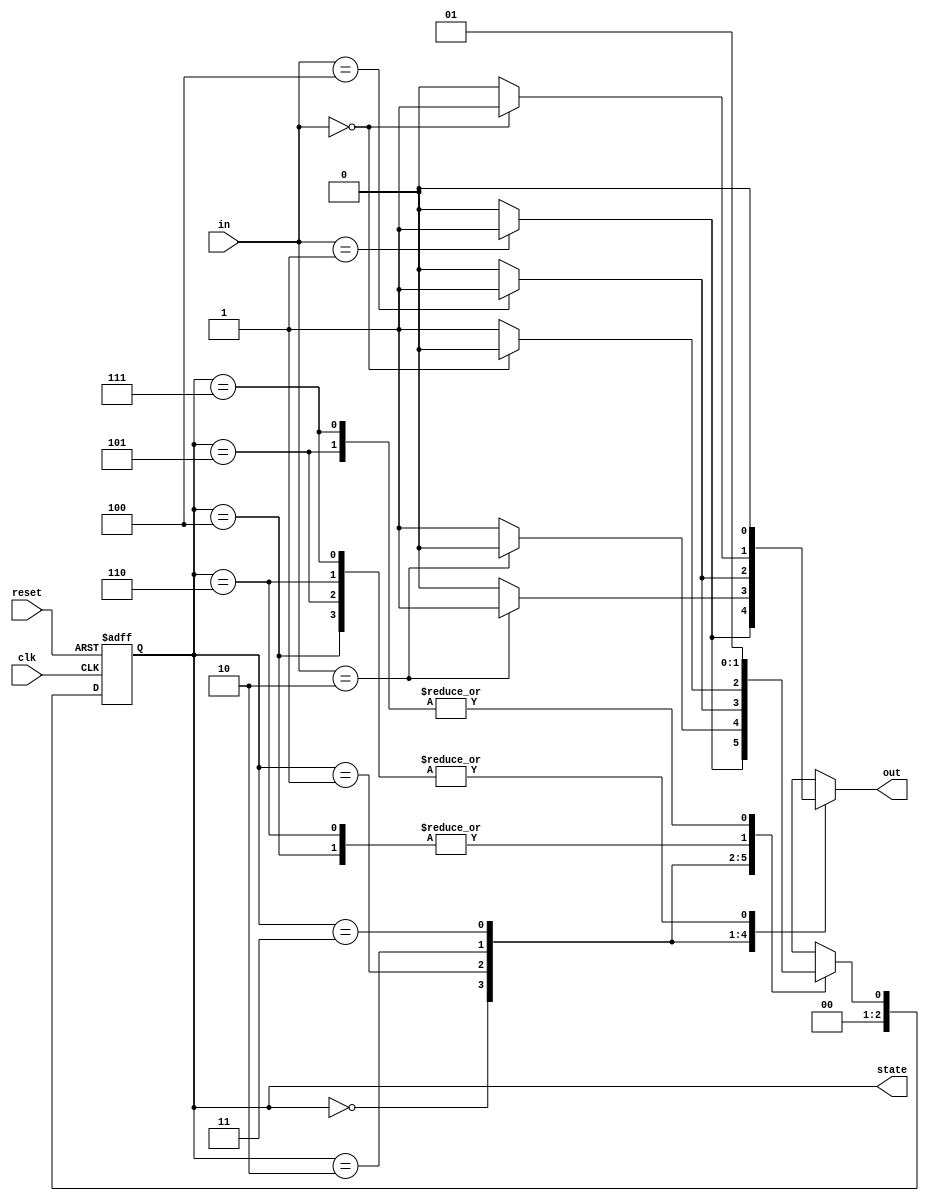
module MealyFSM #(
    parameter N = 3,          // Number of bits for state encoding
    parameter STATE_COUNT = 8 // Number of states (2^N)
)(
    input  wire clk,          // Clock signal
    input  wire reset,        // Asynchronous reset signal
    input  wire [N-1:0] in,   // Input signals
    output reg [N-1:0] state, // Current state output
    output reg out            // Output signal
);

    // State encoding
    localparam S0 = 3'b000,
               S1 = 3'b001,
               S2 = 3'b010,
               S3 = 3'b011,
               S4 = 3'b100,
               S5 = 3'b101,
               S6 = 3'b110,
               S7 = 3'b111;

    // State transition logic and output logic
    always @(*) begin
        out = 0; // Default output
        
        case (state)
            S0: if(in == 3'b001) begin
                    out = 1; // Output based on input
                    state_next = S1;
                end else begin
                    state_next = S0;
                end
                
            S1: if(in == 3'b010) begin
                    out = 1; 
                    state_next = S2;
                end else begin
                    state_next = S1;
                end
                
            S2: if(in == 3'b100) begin
                    out = 1; 
                    state_next = S3;
                end else begin
                    state_next = S2;
                end
                
            S3: if(in == 3'b000) begin
                    out = 1; 
                    state_next = S0;
                end else begin
                    state_next = S3;
                end
                
            // Define additional state transitions based on the application
            S4: begin
                // To be defined...
                state_next = S4;
            end
            
            S5: begin
                // To be defined...
                state_next = S5;
            end
            
            S6: begin
                // To be defined...
                state_next = S6;
            end
            
            S7: begin
                // To be defined...
                state_next = S7;
            end
            
            default: state_next = S0; // Default state
        endcase
    end

    // State register
    always @(posedge clk or posedge reset) begin
        if (reset) begin
            state <= S0; // Initialize state on reset
        end else begin
            state <= state_next; // Update state on clock edge
        end
    end

endmodule